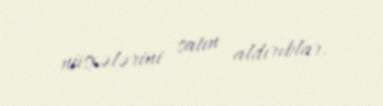
nüsxələrini satın aldırıblar.